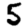
Digit: 5